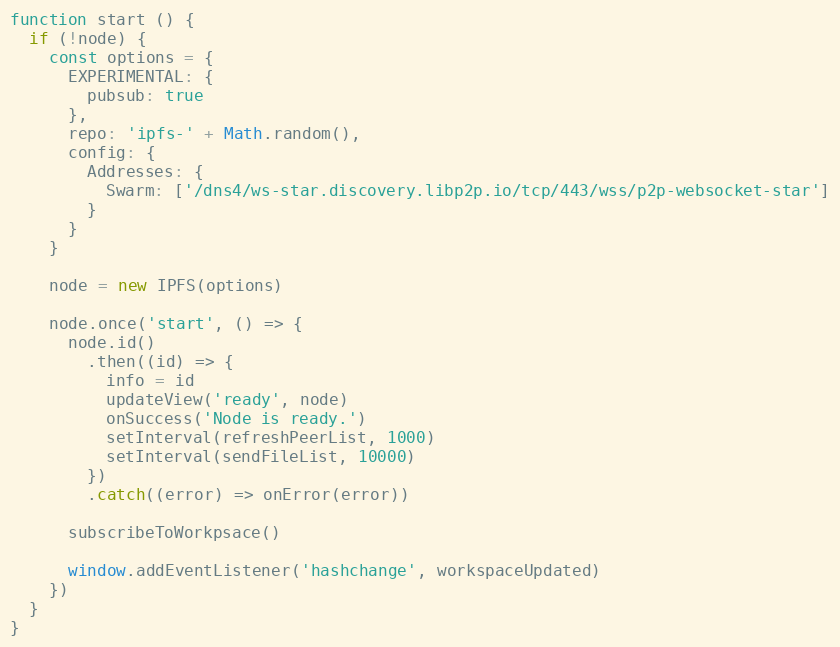
Language: JavaScript
function start () {
  if (!node) {
    const options = {
      EXPERIMENTAL: {
        pubsub: true
      },
      repo: 'ipfs-' + Math.random(),
      config: {
        Addresses: {
          Swarm: ['/dns4/ws-star.discovery.libp2p.io/tcp/443/wss/p2p-websocket-star']
        }
      }
    }

    node = new IPFS(options)

    node.once('start', () => {
      node.id()
        .then((id) => {
          info = id
          updateView('ready', node)
          onSuccess('Node is ready.')
          setInterval(refreshPeerList, 1000)
          setInterval(sendFileList, 10000)
        })
        .catch((error) => onError(error))

      subscribeToWorkpsace()

      window.addEventListener('hashchange', workspaceUpdated)
    })
  }
}